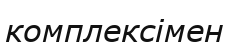
комплексімен